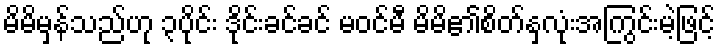
မိမိမှန်သည်ဟု ၃ပိုင်း ဒိုင်းခင်ခင် မဝင်မီ မိမိ၏စိတ်နှလုံးအကြွင်းမဲ့ဖြင့်